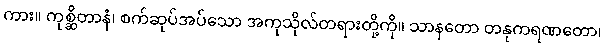
ကား။ ကုစ္ဆိတာနံ၊ စက်ဆုပ်အပ်သော အကုသိုလ်တရားတို့ကို။ သာနတော တနုကရဏတော၊